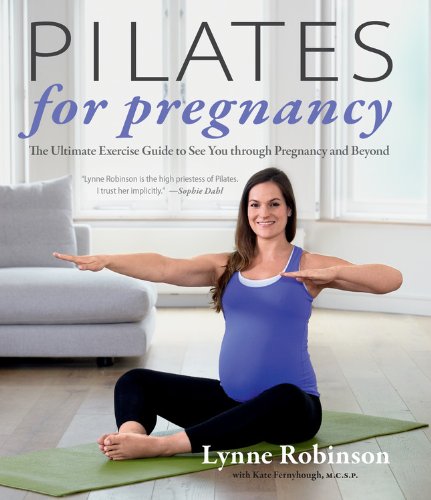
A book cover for Pilates for Pregnancy: The Ultimate Exercise Guide to See You Through Pregnancy and Beyond; Lynne Robinson; Health, Fitness & Dieting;